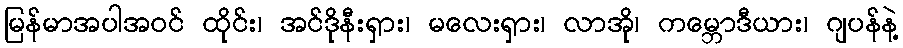
မြန်မာအပါအဝင် ထိုင်း၊ အင်ဒိုနီးရှား၊ မလေးရှား၊ လာအို၊ ကမ္ဘောဒီယား၊ ဂျပန်နဲ့